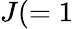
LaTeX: J(=1